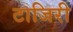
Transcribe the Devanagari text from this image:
टाजिरी